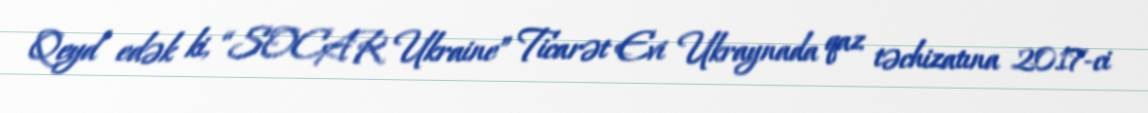
Qeyd edək ki, “SOCAR Ukraine” Ticarət Evi Ukraynada qaz təchizatına 2017-ci